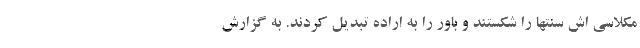
مکلاسی اش سنتها را شکستند و باور را به اراده تبدیل کردند. به گزارش